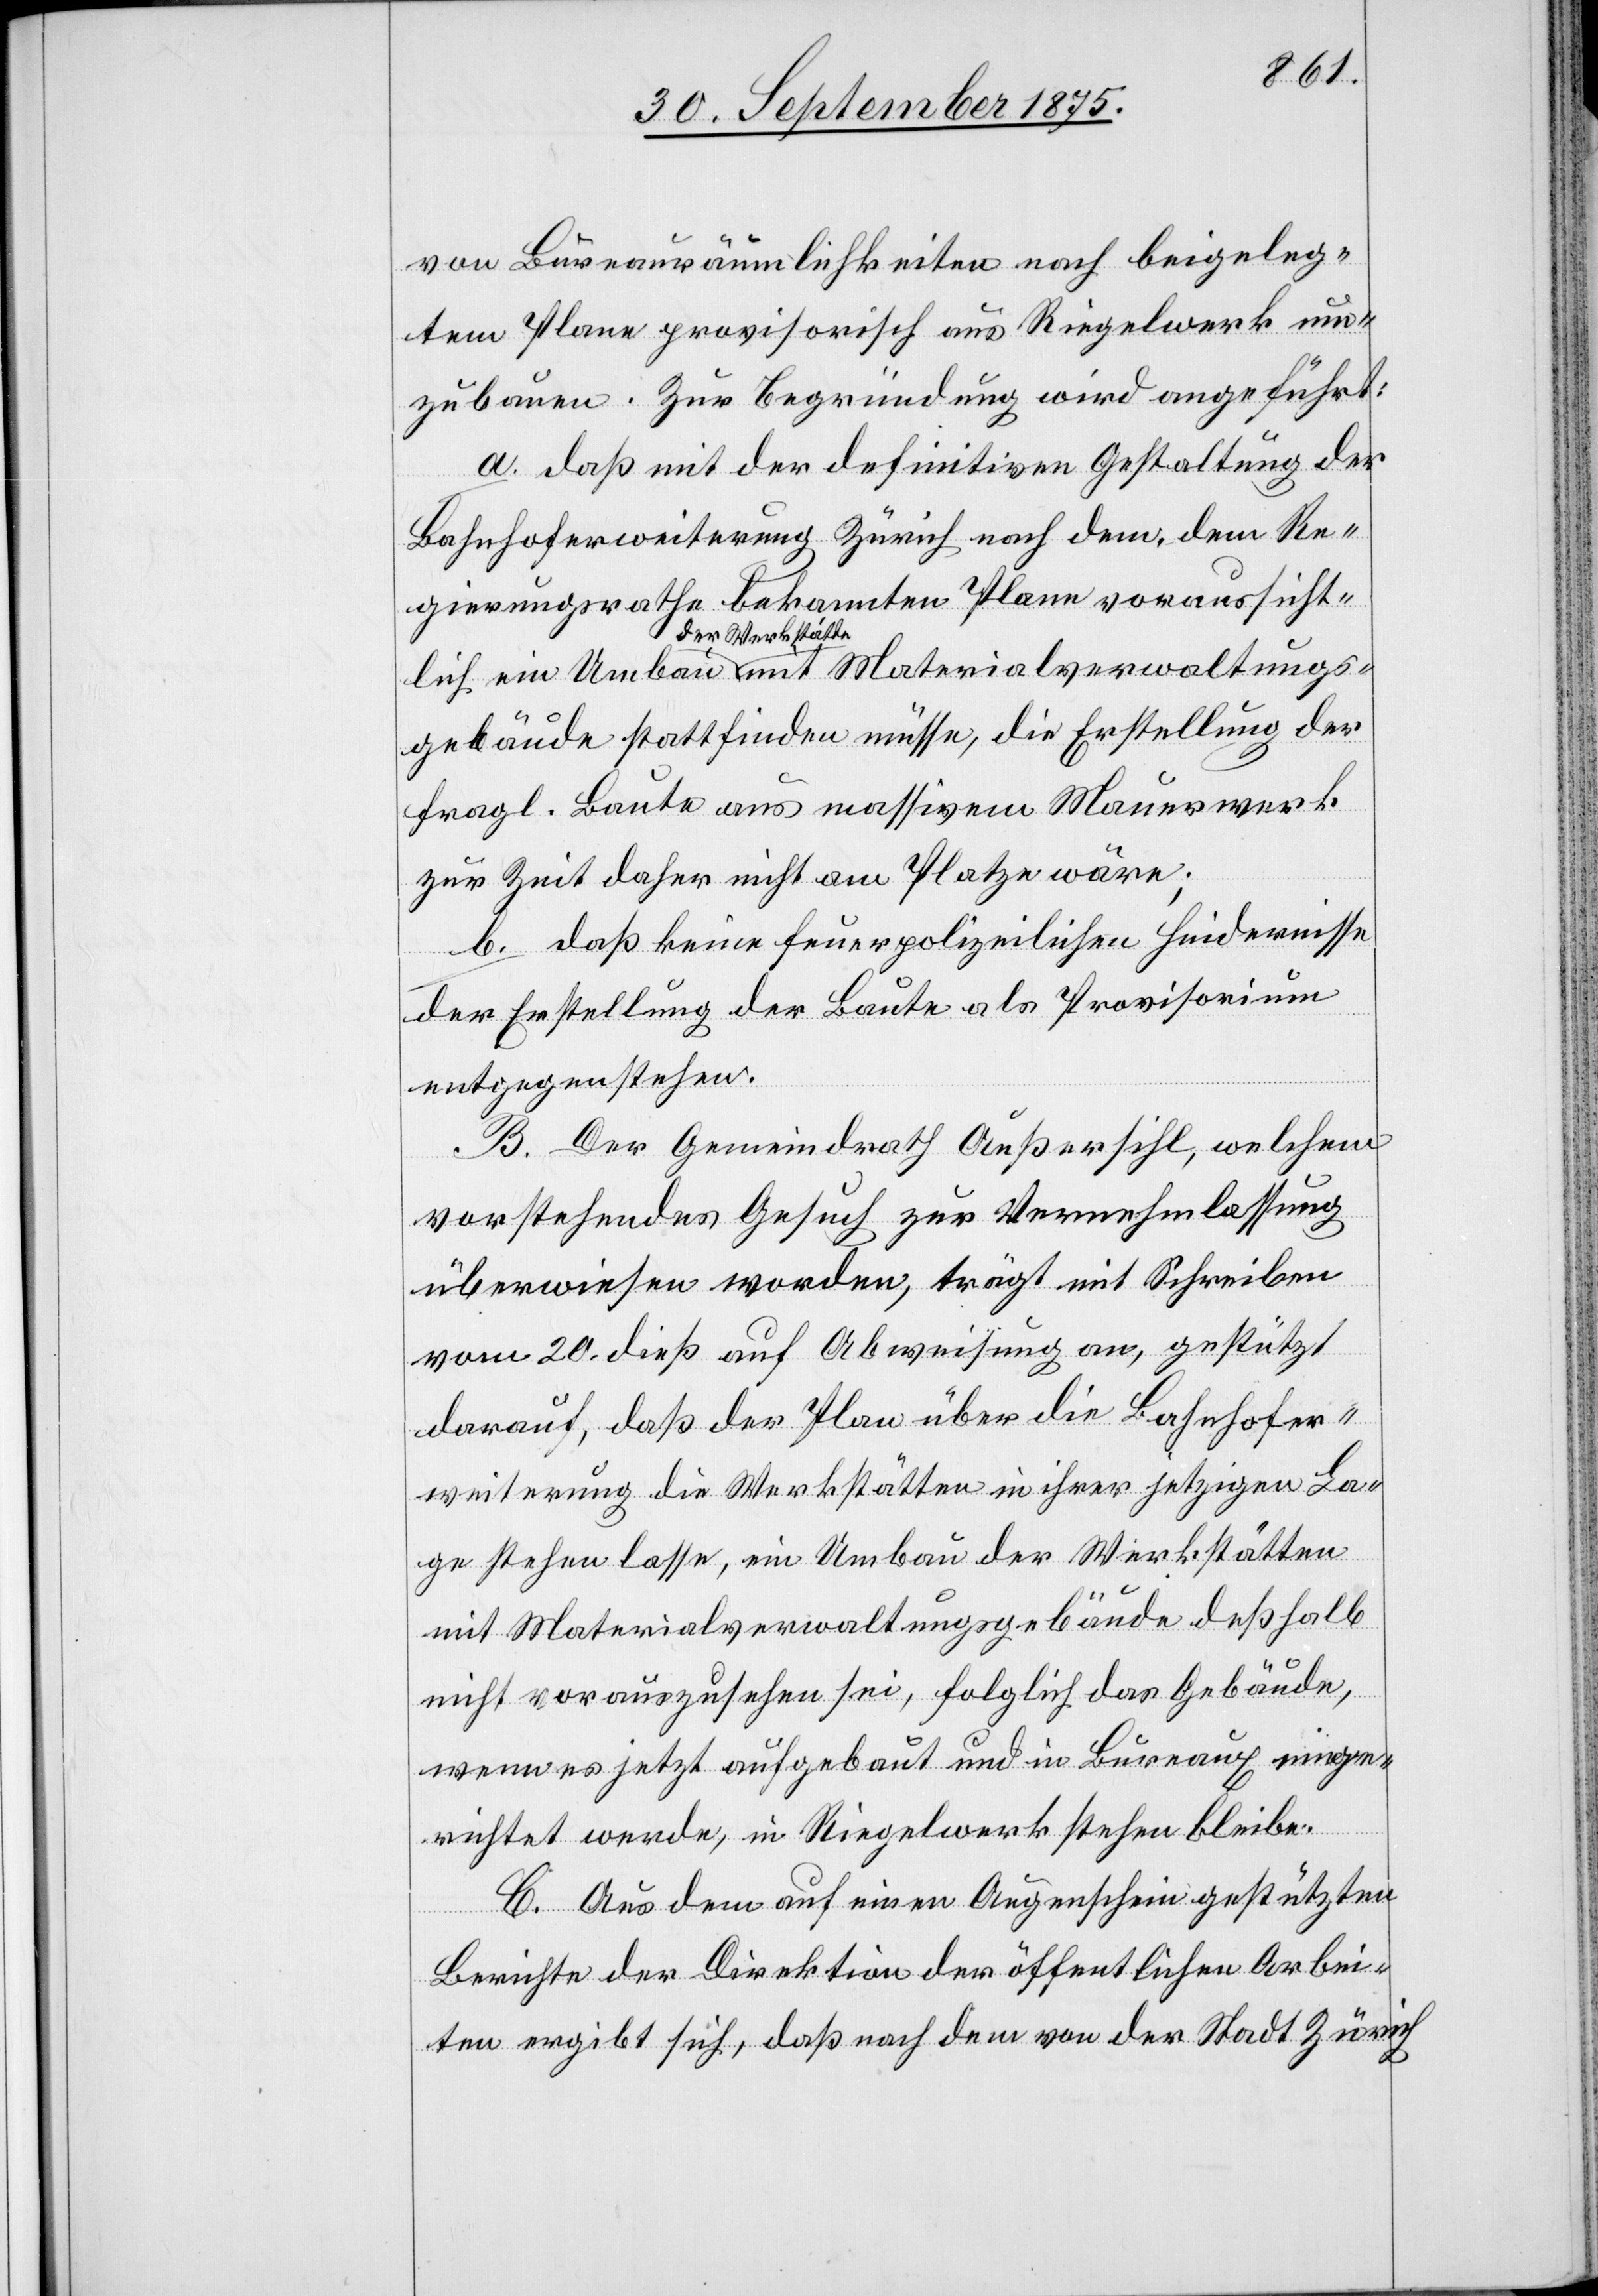
von Bureauräumlichkeiten nach beigeleg¬
tem Plane provisorisch aus Riegelwerk um¬
zubauen. Zur Begründung wird angeführt:
a. daß mit der definitiven Gestaltung der
Erstellung
Bahnhoferweiterung Zürich nach dem, dem Re¬
gierungsrathe bekannten Plane voraussicht¬
der Werkstätte
fragl. Baute aus massivem Mauerwerk
zur Zeit daher nicht am Platze wäre;
b. daß keine feuerpolizeilichen Hindernisse
der Erstellung der Baute als Provisorium
entgegenstehen.
B. Der Gemeindrath Außersihl, welchem
vorstehendes Gesuch zur Vernehmlassung
überwiesen worden, trägt mit Schreiben
vom 20. dieß auf Abweisung an, gestützt
darauf, daß der Plan über die Bahnhofer¬
weiterung die Werkstätten in ihrer jetzigen La¬
ge stehen lasse, ein Umbau der Werkstätten
mit Materialverwaltungsgebäude deßhalb
nicht vorauszusehen sei, folglich das Gebäude,
wenn es jetzt aufgebaut und in Bureaux einge¬
richtet werde, in Riegelwerk stehen bleibe.
C. Aus dem auf einen Augenschein gestützten
Berichte der Direktion der öffentlichen Arbei¬
ten ergibt sich, daß nach dem von der Stadt Zürich